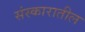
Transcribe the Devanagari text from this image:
संस्कारातील